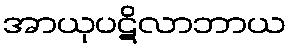
အာယုပဋိလာဘာယ